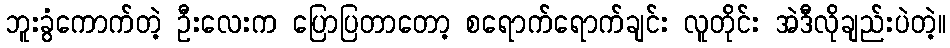
ဘူးခွံကောက်တဲ့ ဦးလေးက ပြောပြတာတော့ စရောက်ရောက်ချင်း လူတိုင်း အဲဒီလိုချည်းပဲတဲ့။